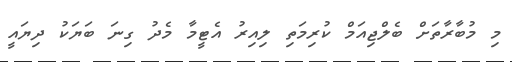
މި މުބާރާތަށް ބެލްޖިއަމް ކުރިމަތި ލިއިރު އެޓީމާ މެދު ގިނަ ބަޔަކު ދިޔައީ